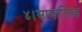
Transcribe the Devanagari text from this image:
४।सामाजिक